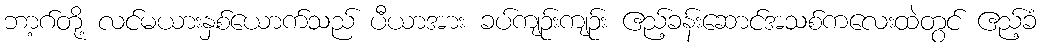
ဘာ့ဂ်တို့ လင်မယားနှစ်ယောက်သည် ပီယာအား ခပ်ကျဉ်းကျဉ်း ဧည့်ခန်းဆောင်အသစ်ကလေးထဲတွင် ဧည့်ခံ